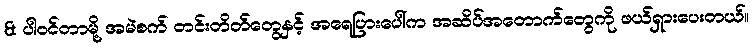
& ပါဝင်တာမို့ အမဲစက် တင်းတိတ်တွေနှင့် အရေပြားပေါ်က အဆိပ်အတောက်တွေကို ဖယ်ရှားပေးတယ်။